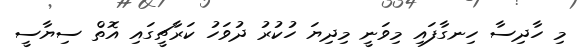
މި ހާދިސާ ހިނގާފައި މިވަނީ މިދިޔަ ހުކުރު ދުވަހު ކަރާޗީގައި އޮތް ސިޔާސީ